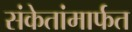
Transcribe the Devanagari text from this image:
संकेतांमार्फत